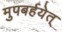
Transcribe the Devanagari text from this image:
मुपबर्हयेत्